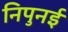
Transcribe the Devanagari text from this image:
निपुनई